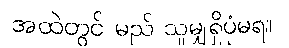
အထဲတွင် မည် သူမျှရှိပုံမရ။